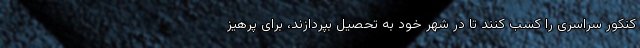
کنکور سراسری را کسب کنند تا در شهر خود به تحصیل بپردازند، برای پرهیز